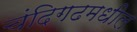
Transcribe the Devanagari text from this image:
चंदिगढमधील